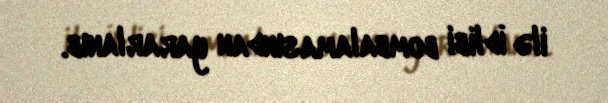
ilə İdlibi bombalamasından yararlanıb.